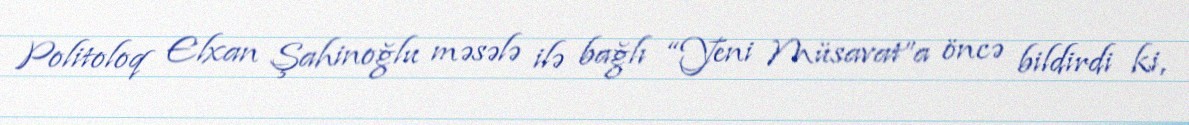
Politoloq Elxan Şahinoğlu məsələ ilə bağlı “Yeni Müsavat”a öncə bildirdi ki,